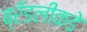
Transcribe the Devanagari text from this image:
ब्रॅडलीकडे